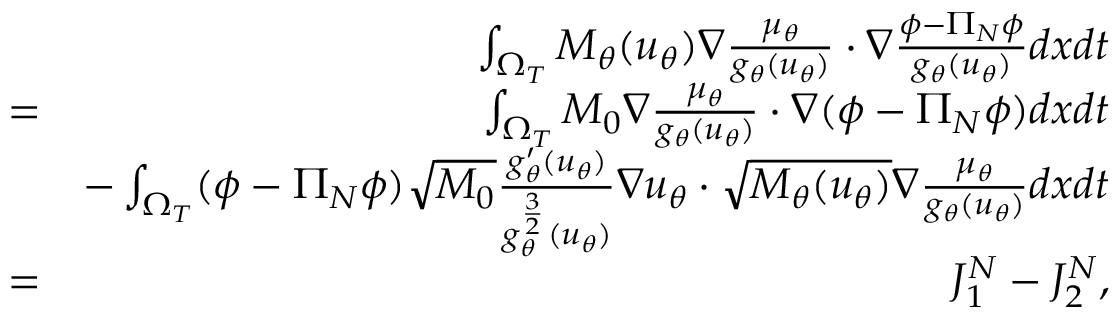
\begin{array} { r l r } & { } & { \int _ { \Omega _ { T } } M _ { \theta } ( u _ { \theta } ) \nabla \frac { \mu _ { \theta } } { g _ { \theta } ( u _ { \theta } ) } \cdot \nabla \frac { \phi - \Pi _ { N } \phi } { g _ { \theta } ( u _ { \theta } ) } d x d t } \\ & { = } & { \int _ { \Omega _ { T } } M _ { 0 } \nabla \frac { \mu _ { \theta } } { g _ { \theta } ( u _ { \theta } ) } \cdot \nabla ( \phi - \Pi _ { N } \phi ) d x d t } \\ & { } & { - \int _ { \Omega _ { T } } ( \phi - \Pi _ { N } \phi ) \sqrt { M _ { 0 } } \frac { g _ { \theta } ^ { \prime } ( u _ { \theta } ) } { g _ { \theta } ^ { \frac { 3 } { 2 } } ( u _ { \theta } ) } \nabla u _ { \theta } \cdot \sqrt { M _ { \theta } ( u _ { \theta } ) } \nabla \frac { \mu _ { \theta } } { g _ { \theta } ( u _ { \theta } ) } d x d t } \\ & { = } & { J _ { 1 } ^ { N } - J _ { 2 } ^ { N } , } \end{array}